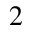
2